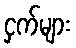
ငှက်များ